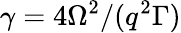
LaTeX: \gamma=4\Omega^{2}/(q^{2}\Gamma)